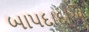
બાપદાદાએ